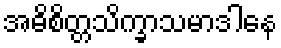
အဓိစိတ္တသိက္ခာသမာဒါနေ